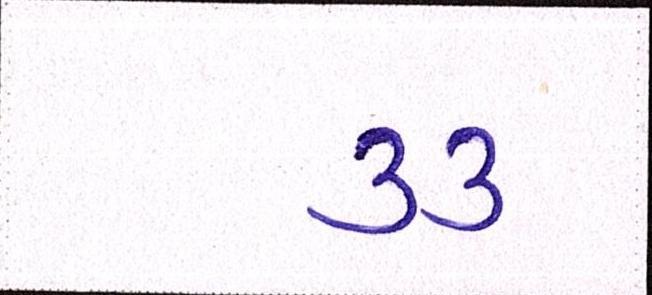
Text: ૩૩